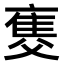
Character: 𤕚